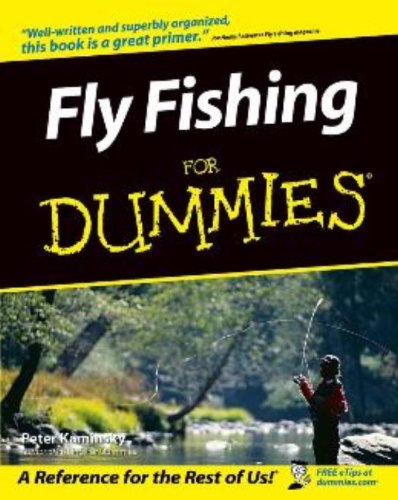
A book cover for Fly Fishing For Dummies; Peter Kaminsky; Travel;